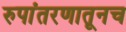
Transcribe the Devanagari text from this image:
रुपांतरणातूनच